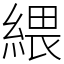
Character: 䋿